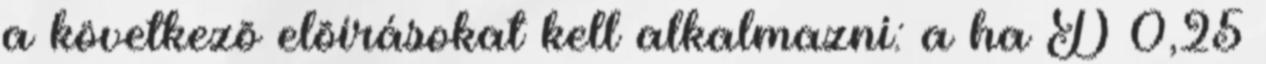
a következõ elõírásokat kell alkalmazni: a ha D 0,25